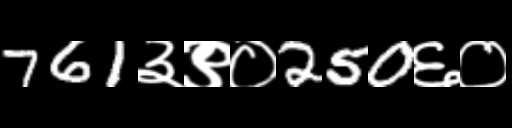
Text: 761३९०250६०